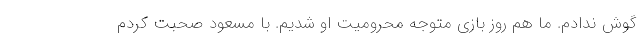
گوش ندادم. ما هم روز بازی متوجه محرومیت او شدیم. با مسعود صحبت کردم